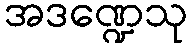
အဒဏ္ဍေသု